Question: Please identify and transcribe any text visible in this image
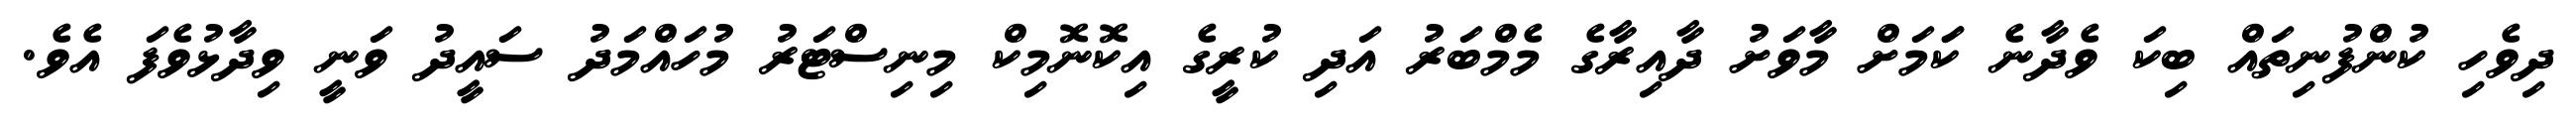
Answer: ދިވެހި ކުންފުނިތައް ބިކަ ވެދާނެ ކަަމަށް މާވަށު ދާއިރާގެ މެމްބަރު އަދި ކުރީގެ އިކޮނޮމިކް މިނިސްޓަރު މުހައްމަދު ސައީދު ވަނީ ވިދާޅުވެފަ އެވެ.